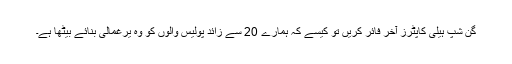
گن شپ ہیلی کاپٹرز آخر فائر کریں تو کیسے کہ ہمارے 20 سے زائد پولیس والوں کو وہ یرغمالی بنائے بیٹھا ہے۔